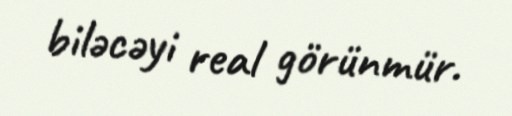
biləcəyi real görünmür.